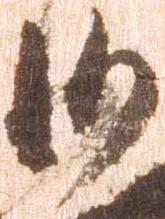
沙